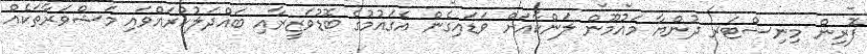
ފޮރިން މިނިސްޓަރ ދުންޔާ މައުމޫން ލަންކާއަށް ވަޑައިގެން އެގައުމުގެ ބޮޑުވަޒީރާއި ބައްދަލުކުރައްވައި މަޝްވަރާތަކެއް